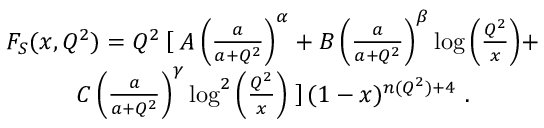
\begin{array} { c c } { { F _ { S } ( x , Q ^ { 2 } ) = Q ^ { 2 } \left[ \right. A \left( \frac { a } { a + Q ^ { 2 } } \right) ^ { \alpha } + B \left( \frac { a } { a + Q ^ { 2 } } \right) ^ { \beta } \log { \left( \frac { Q ^ { 2 } } { x } \right) } + } } \\ { { C \left( \frac { a } { a + Q ^ { 2 } } \right) ^ { \gamma } \log ^ { 2 } { \left( \frac { Q ^ { 2 } } { x } \right) } \left. \right] ( 1 - x ) ^ { n ( Q ^ { 2 } ) + 4 } \ . } } \end{array}